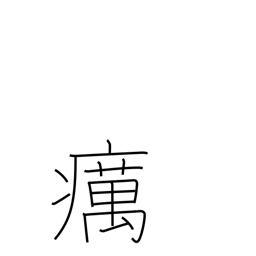
Meaning: leprosy